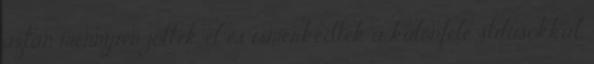
aztán mennyien jöttek el és ismerkedtek a különféle stílusokkal.